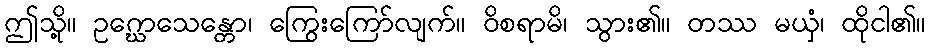
ဤသို့။ ဥဂ္ဃောသေန္တော၊ ကြွေးကြော်လျက်။ ဝိစရာမိ၊ သွား၏။ တဿ မယှံ၊ ထိုငါ၏။